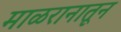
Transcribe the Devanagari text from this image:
माळरानातून